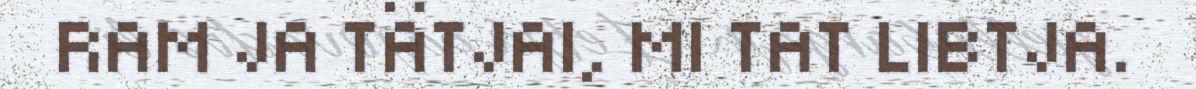
RAM JA TÄTJAI, MI TAT LIBTJA.